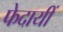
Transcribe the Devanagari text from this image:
फेदायीं